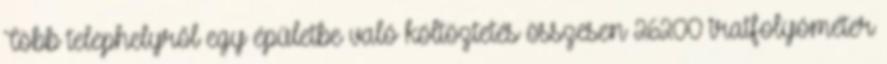
Több telephelyről egy épületbe való költöztetés összesen 26200 iratfolyóméter